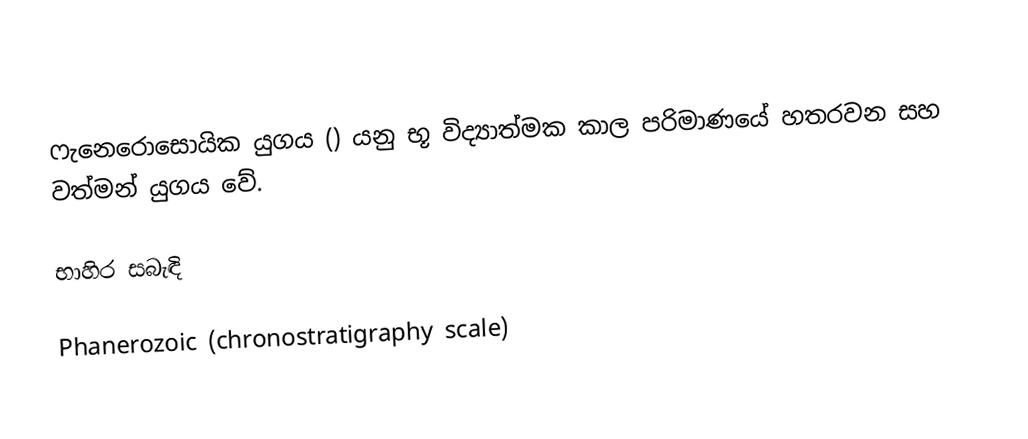
ෆැනෙරොසොයික යුගය () යනු භූ විද්‍යාත්මක කාල පරිමාණයේ හතරවන සහ වත්මන් යුගය වේ.

භාහිර සබැඳි

 Phanerozoic (chronostratigraphy scale)